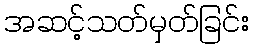
အဆင့်သတ်မှတ်ခြင်း